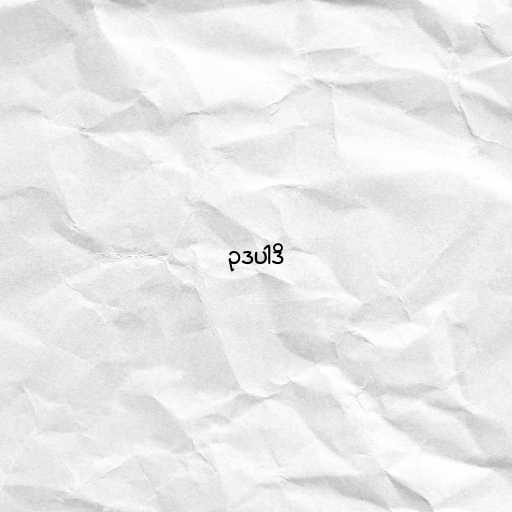
ဥဒပါဒိ